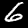
Digit: 6